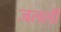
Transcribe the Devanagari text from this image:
जलली